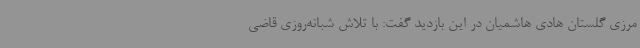
مرزی گلستان هادی هاشمیان در این بازدید گفت: با تلاش شبانه‌روزی قاضی